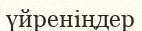
үйреніңдер